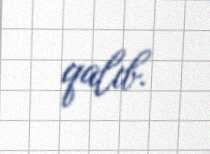
qalıb.